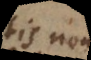
his non